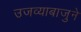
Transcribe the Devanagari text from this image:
उजव्याबाजुने